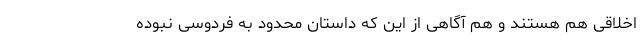
اخلاقی هم هستند و هم آگاهی از این که داستان محدود به فردوسی نبوده